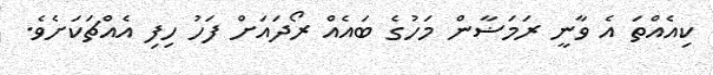
ކިއެއްތަ އެ ވާނީ ރަމަޟާން މަހުގެ ބައެއް ރޯދައަށް ފަހު ހިފި އެއްޗަކަށެވެ.